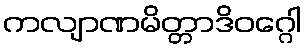
ကလျာဏမိတ္တာဒိဝဂ္ဂေါ